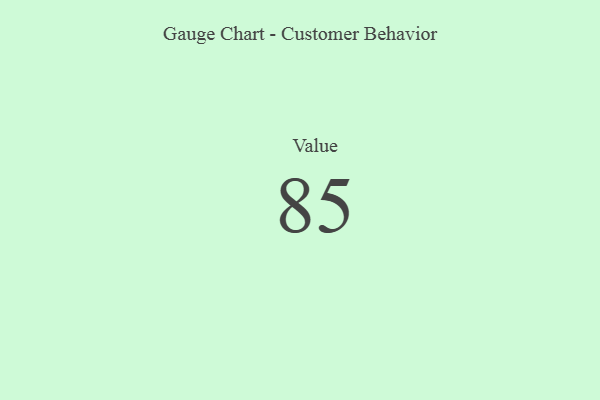
{"axis": {"x": "Metric", "y": "Value"}, "legend": [""], "data": [{"x": "Value", "y": 85, "type": ""}]}